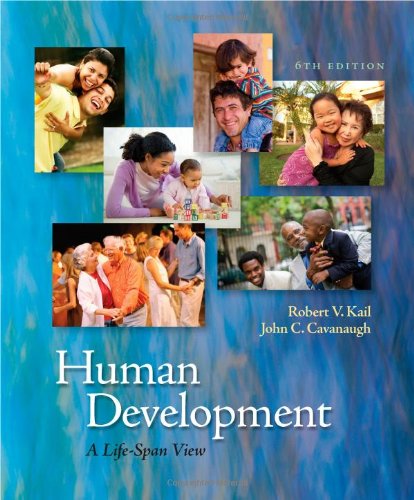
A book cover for Human Development: A Life-Span View; Robert V. Kail; Health, Fitness & Dieting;